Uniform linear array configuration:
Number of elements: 8
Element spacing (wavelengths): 0.25
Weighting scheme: cosine
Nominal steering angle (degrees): -30
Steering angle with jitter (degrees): -29.574
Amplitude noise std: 0.05
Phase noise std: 0.05

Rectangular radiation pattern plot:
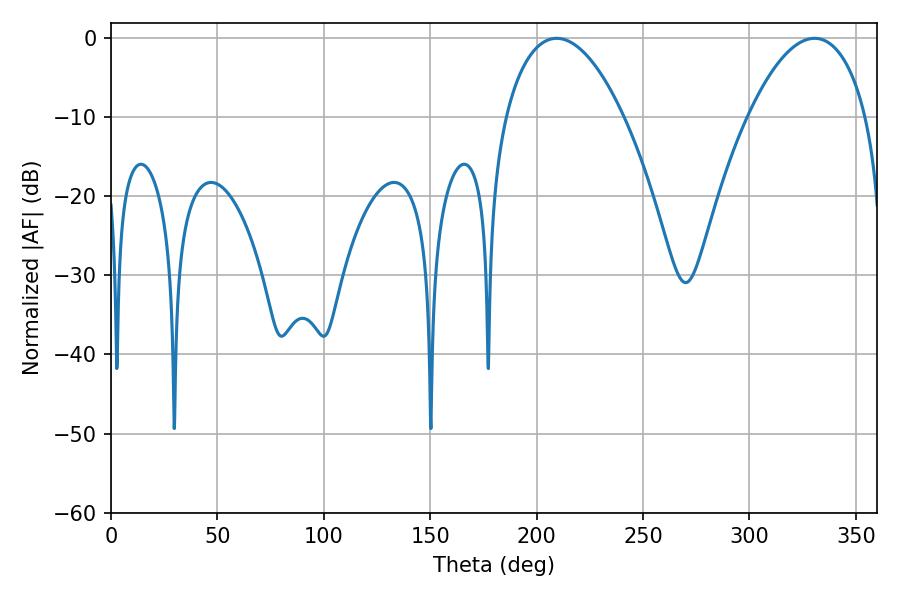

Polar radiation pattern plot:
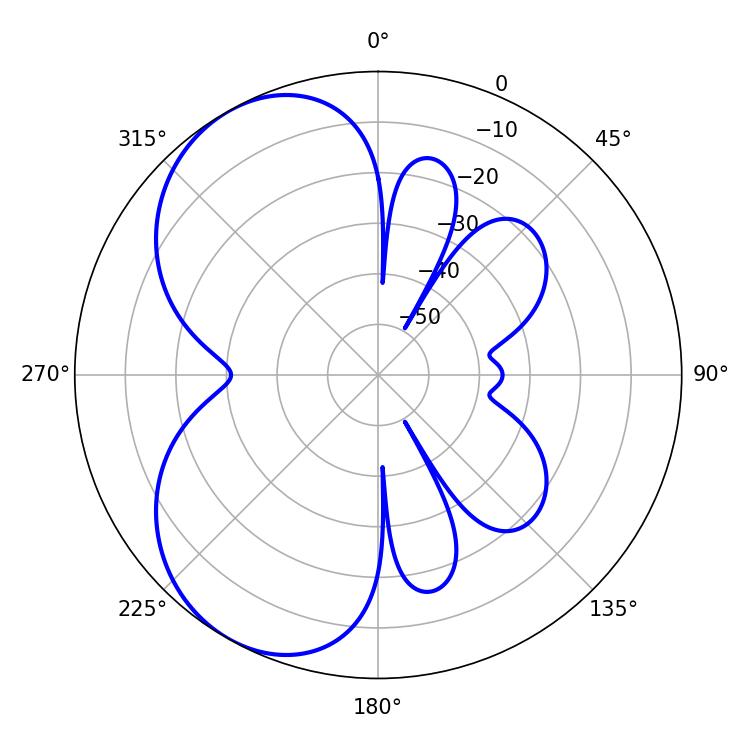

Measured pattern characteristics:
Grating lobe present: FALSE
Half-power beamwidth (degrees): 30.96
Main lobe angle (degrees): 209.34